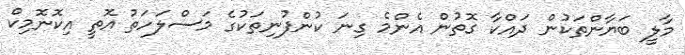
މާލީ ބަޔާންތަކުން ދައްކާ ގޮތުން އެންމެ ގިނަ ކުންފުނިތަކުގެ މަސްލަހަތު އޮތީ އިކޮނޮމިކް